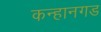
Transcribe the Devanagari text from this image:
कन्हानगड